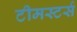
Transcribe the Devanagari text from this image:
टीमस्टर्स